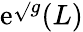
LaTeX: \mathrm{e}^{\sqrt{}{{g}}}(L)